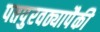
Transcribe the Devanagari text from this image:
पतपुरवठ्यापैकी